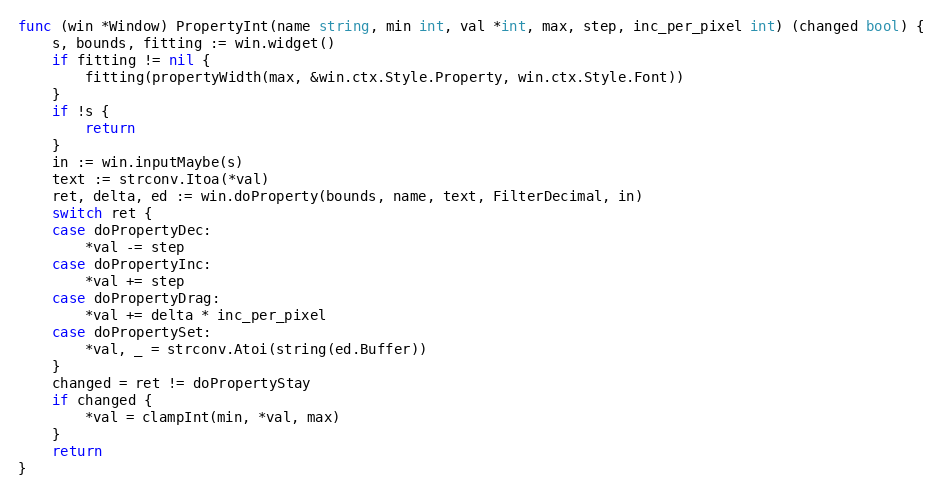
Language: Go
func (win *Window) PropertyInt(name string, min int, val *int, max, step, inc_per_pixel int) (changed bool) {
	s, bounds, fitting := win.widget()
	if fitting != nil {
		fitting(propertyWidth(max, &win.ctx.Style.Property, win.ctx.Style.Font))
	}
	if !s {
		return
	}
	in := win.inputMaybe(s)
	text := strconv.Itoa(*val)
	ret, delta, ed := win.doProperty(bounds, name, text, FilterDecimal, in)
	switch ret {
	case doPropertyDec:
		*val -= step
	case doPropertyInc:
		*val += step
	case doPropertyDrag:
		*val += delta * inc_per_pixel
	case doPropertySet:
		*val, _ = strconv.Atoi(string(ed.Buffer))
	}
	changed = ret != doPropertyStay
	if changed {
		*val = clampInt(min, *val, max)
	}
	return
}